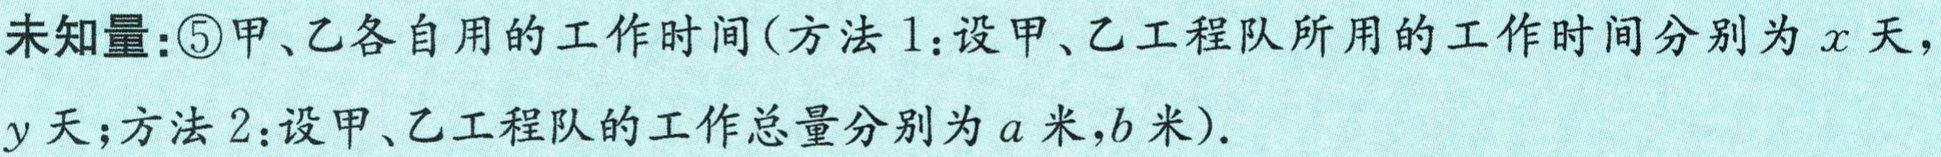
未知量:\textcircled{5}甲、乙各自用的工作时间(方法 1:设甲、乙工程队所用的工作时间分别为\(x\)天，\(y\)天;方法 2:设甲、乙工程队的工作总量分别为\(a\)米,\(b\)米).